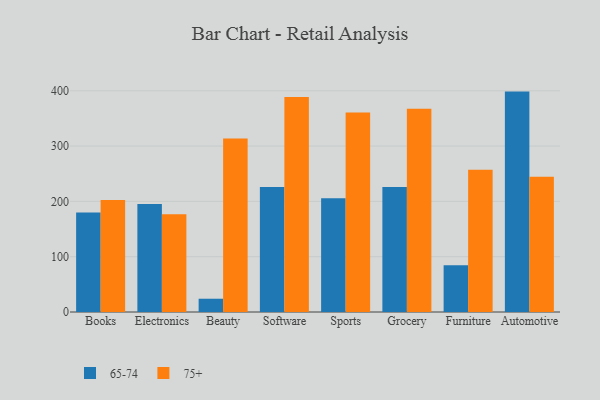
{"axis": {"x": "Category", "y": "Gross Profit (USD K)"}, "legend": ["65-74", "75+"], "data": [{"x": "Books", "y": 179.9, "type": "65-74"}, {"x": "Books", "y": 202.6, "type": "75+"}, {"x": "Electronics", "y": 195.1, "type": "65-74"}, {"x": "Electronics", "y": 176.9, "type": "75+"}, {"x": "Beauty", "y": 24.0, "type": "65-74"}, {"x": "Beauty", "y": 313.9, "type": "75+"}, {"x": "Software", "y": 226.0, "type": "65-74"}, {"x": "Software", "y": 388.9, "type": "75+"}, {"x": "Sports", "y": 205.5, "type": "65-74"}, {"x": "Sports", "y": 360.8, "type": "75+"}, {"x": "Grocery", "y": 226.2, "type": "65-74"}, {"x": "Grocery", "y": 367.4, "type": "75+"}, {"x": "Furniture", "y": 84.5, "type": "65-74"}, {"x": "Furniture", "y": 257.4, "type": "75+"}, {"x": "Automotive", "y": 398.5, "type": "65-74"}, {"x": "Automotive", "y": 244.6, "type": "75+"}]}